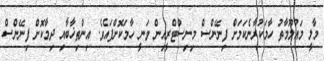
މާލީ މައުލޫމާތު ހާމަކުރާނެކަމަށް ފިނޭންސް މިނިސްޓްރީއިން ވަނީ ހާމަކޮށްފައެވެ. އިންތިޚާބާއި ދިމާކޮށް ފިނޭންސް